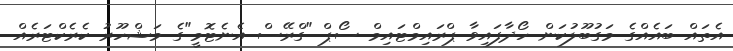
އެތައް ބައެއްގެ މަގުބޫލުކަން ހޯދާފައިވާ ޕްރައިމްޓައިމް ސޯޕް "ގްރޭސް އެނެޓޮމީ"ގެ މަޝްހޫރު ކެރެކްޓަރެއް